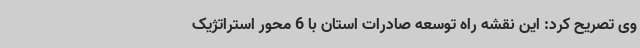
وی تصریح کرد: این نقشه راه توسعه صادرات استان با 6 محور استراتژیک